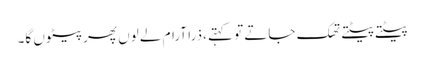
پیٹتے پیٹتے تھک جاتے تو کہتے ،ذرا آرام لے لوں پھر پیٹوں گا۔